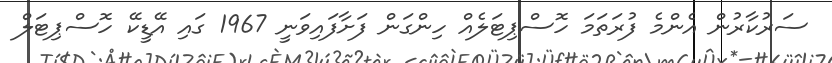
ސަރުކާރުން އެންމެ ފުރަތަމަ ހޮސްޕިޓަލެއް ހިންގަން ފަށާފައިވަނީ 1967 ގައި އޭޑީކޭ ހޮސްޕިޓަލް